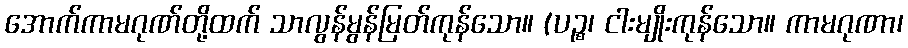
အောက်ကာမဂုဏ်တို့ထက် သာလွန်မွန်မြတ်ကုန်သော။ (ပဉ္စ၊ ငါးမျိုးကုန်သော။ ကာမဂုဏာ၊